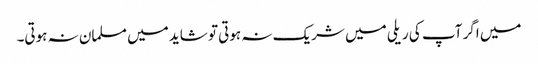
میں اگر آپ کی ریلی میں شریک نہ ہوتی تو شاید میں مسلمان نہ ہوتی۔